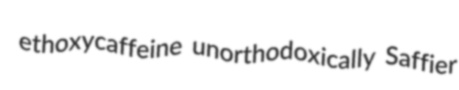
ethoxycaffeine unorthodoxically Saffier